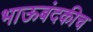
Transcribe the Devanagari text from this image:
भाऊबंदकीच